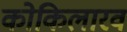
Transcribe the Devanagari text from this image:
कोकिलारव